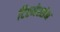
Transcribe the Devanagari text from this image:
टिएमेस्सेन